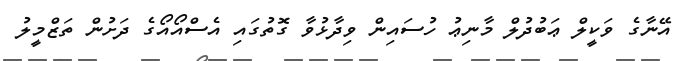
އޭނާގެ ވަކީލް ޢަބުދުލް މާނިޢު ހުސައިން ވިދާޅުވާ ގޮތުގައި އެސްއޯއޯގެ ދަށުން ތަޒްމީލު